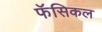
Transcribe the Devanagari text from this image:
फॅसिकल